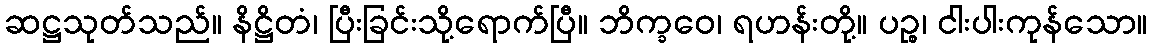
ဆဋ္ဌသုတ်သည်။ နိဋ္ဌိတံ၊ ပြီးခြင်းသို့ရောက်ပြီ။ ဘိက္ခဝေ၊ ရဟန်းတို့။ ပဉ္စ၊ ငါးပါးကုန်သော။